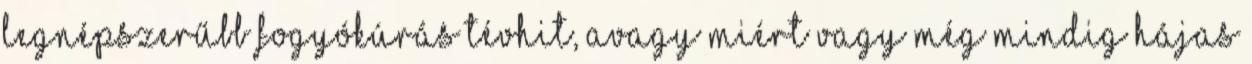
legnépszerűbb fogyókúrás tévhit, avagy miért vagy még mindig hájas